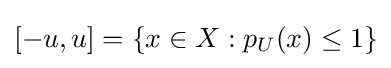
[-u,u]=\{x\in X:p_{U}(x)\leq 1\}